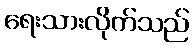
ရေးသားလိုက်သည်